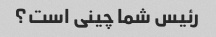
رئیس شما چینی است؟